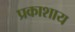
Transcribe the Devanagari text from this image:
प्रकाशाय